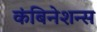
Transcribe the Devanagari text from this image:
कंबिनेशन्स